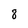
Character: 8